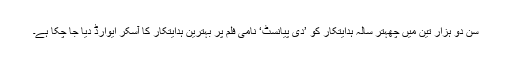
سن دو ہزار تین میں چھہتر سالہ ہدایتکار کو ’دی پیانسٹ‘ نامی فلم پر بہترین ہدایتکار کا آسکر ایوارڈ دیا جا چکا ہے۔